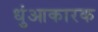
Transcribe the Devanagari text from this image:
धुंआकारक